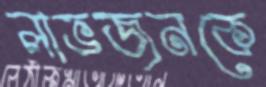
লাভজনকে